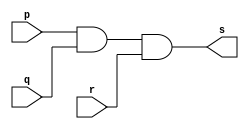
// -------------------------
// Exemplo0013
// Nome: Gustavo Barbosa

module and3 (output s,input p,input q,input r);

 assign s = p & q & r ;

endmodule

module testand;

 reg a,b,c;
 wire s;

 and3 and1 (s,a,b,c);

 initial
  begin
   a=0; b=0; c=0;
  end

 initial
  begin
   $display("Teste AND3");
   $display("\np & q & r = s\n");
   $monitor("  %b   %b %b %b",s,a,b,c);

   #1 a=0;b=0;c=1;
   #1 a=0;b=1; c=0;
   #1 a=0;b=1;c=1;
   #1 a=1; b=0; c=0;
   #1 a=1;b=0;c=1;
   #1 a=1;b=1; c=0;
   #1 a=1;b=1;c=1;
  end
endmodule